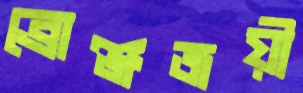
ব্রোঞ্জজয়ী